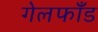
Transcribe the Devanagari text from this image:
गेलफॉँड